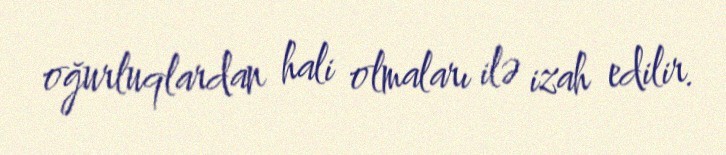
oğurluqlardan hali olmaları ilə izah edilir.